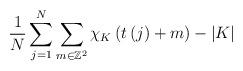
LaTeX: \begin{align*}\frac1N\sum_{j=1}^{N}\sum_{m\in\mathbb{Z}^{2}}\chi_{K}\left( t\left( j\right) +m\right)-|K|\end{align*}